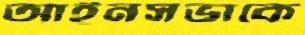
আইনসভাকে